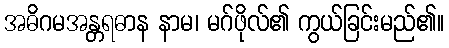
အဓိဂမအန္တရဓာန နာမ၊ မဂ်ဖိုလ်၏ ကွယ်ခြင်းမည်၏။